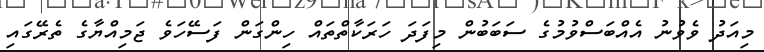
މިއަދު ވެވުނު އެއްބަސްވުމުގެ ސަބަބުން މިފަދަ ހަރަކާތްތައް ހިންގަން ފަސޭހަވެ ޖަމިއްޔާގެ ތެރޭގައި